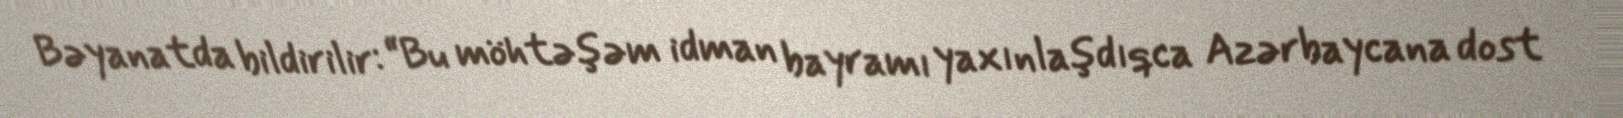
Bəyanatda bildirilir: “Bu möhtəşəm idman bayramı yaxınlaşdıqca Azərbaycana dost